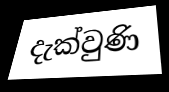
දැක්වුණි